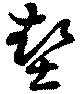
墊